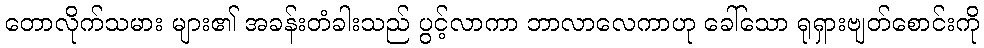
တောလိုက်သမား များ၏ အခန်းတံခါးသည် ပွင့်လာကာ ဘာလာလေကာဟု ခေါ်သော ရုရှားဗျတ်စောင်းကို